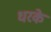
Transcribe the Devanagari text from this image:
धरके